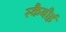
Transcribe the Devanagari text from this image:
स्कैबीई